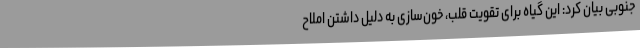
جنوبی بیان کرد: این گیاه برای تقویت قلب، خون‌سازی به دلیل داشتن املاح